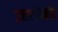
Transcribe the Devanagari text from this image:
उत्तरांखंड